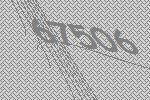
67506